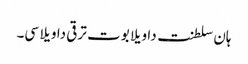
ہان سلطنت دا ویلا بوت ترقی دا ویلا سی۔